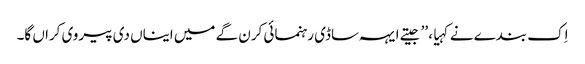
اِک بندے نے کہیا، ’’جیتے ایہہ ساڈی رہنمائی کرن گے میں ایناں دی پیروی کراں گا۔